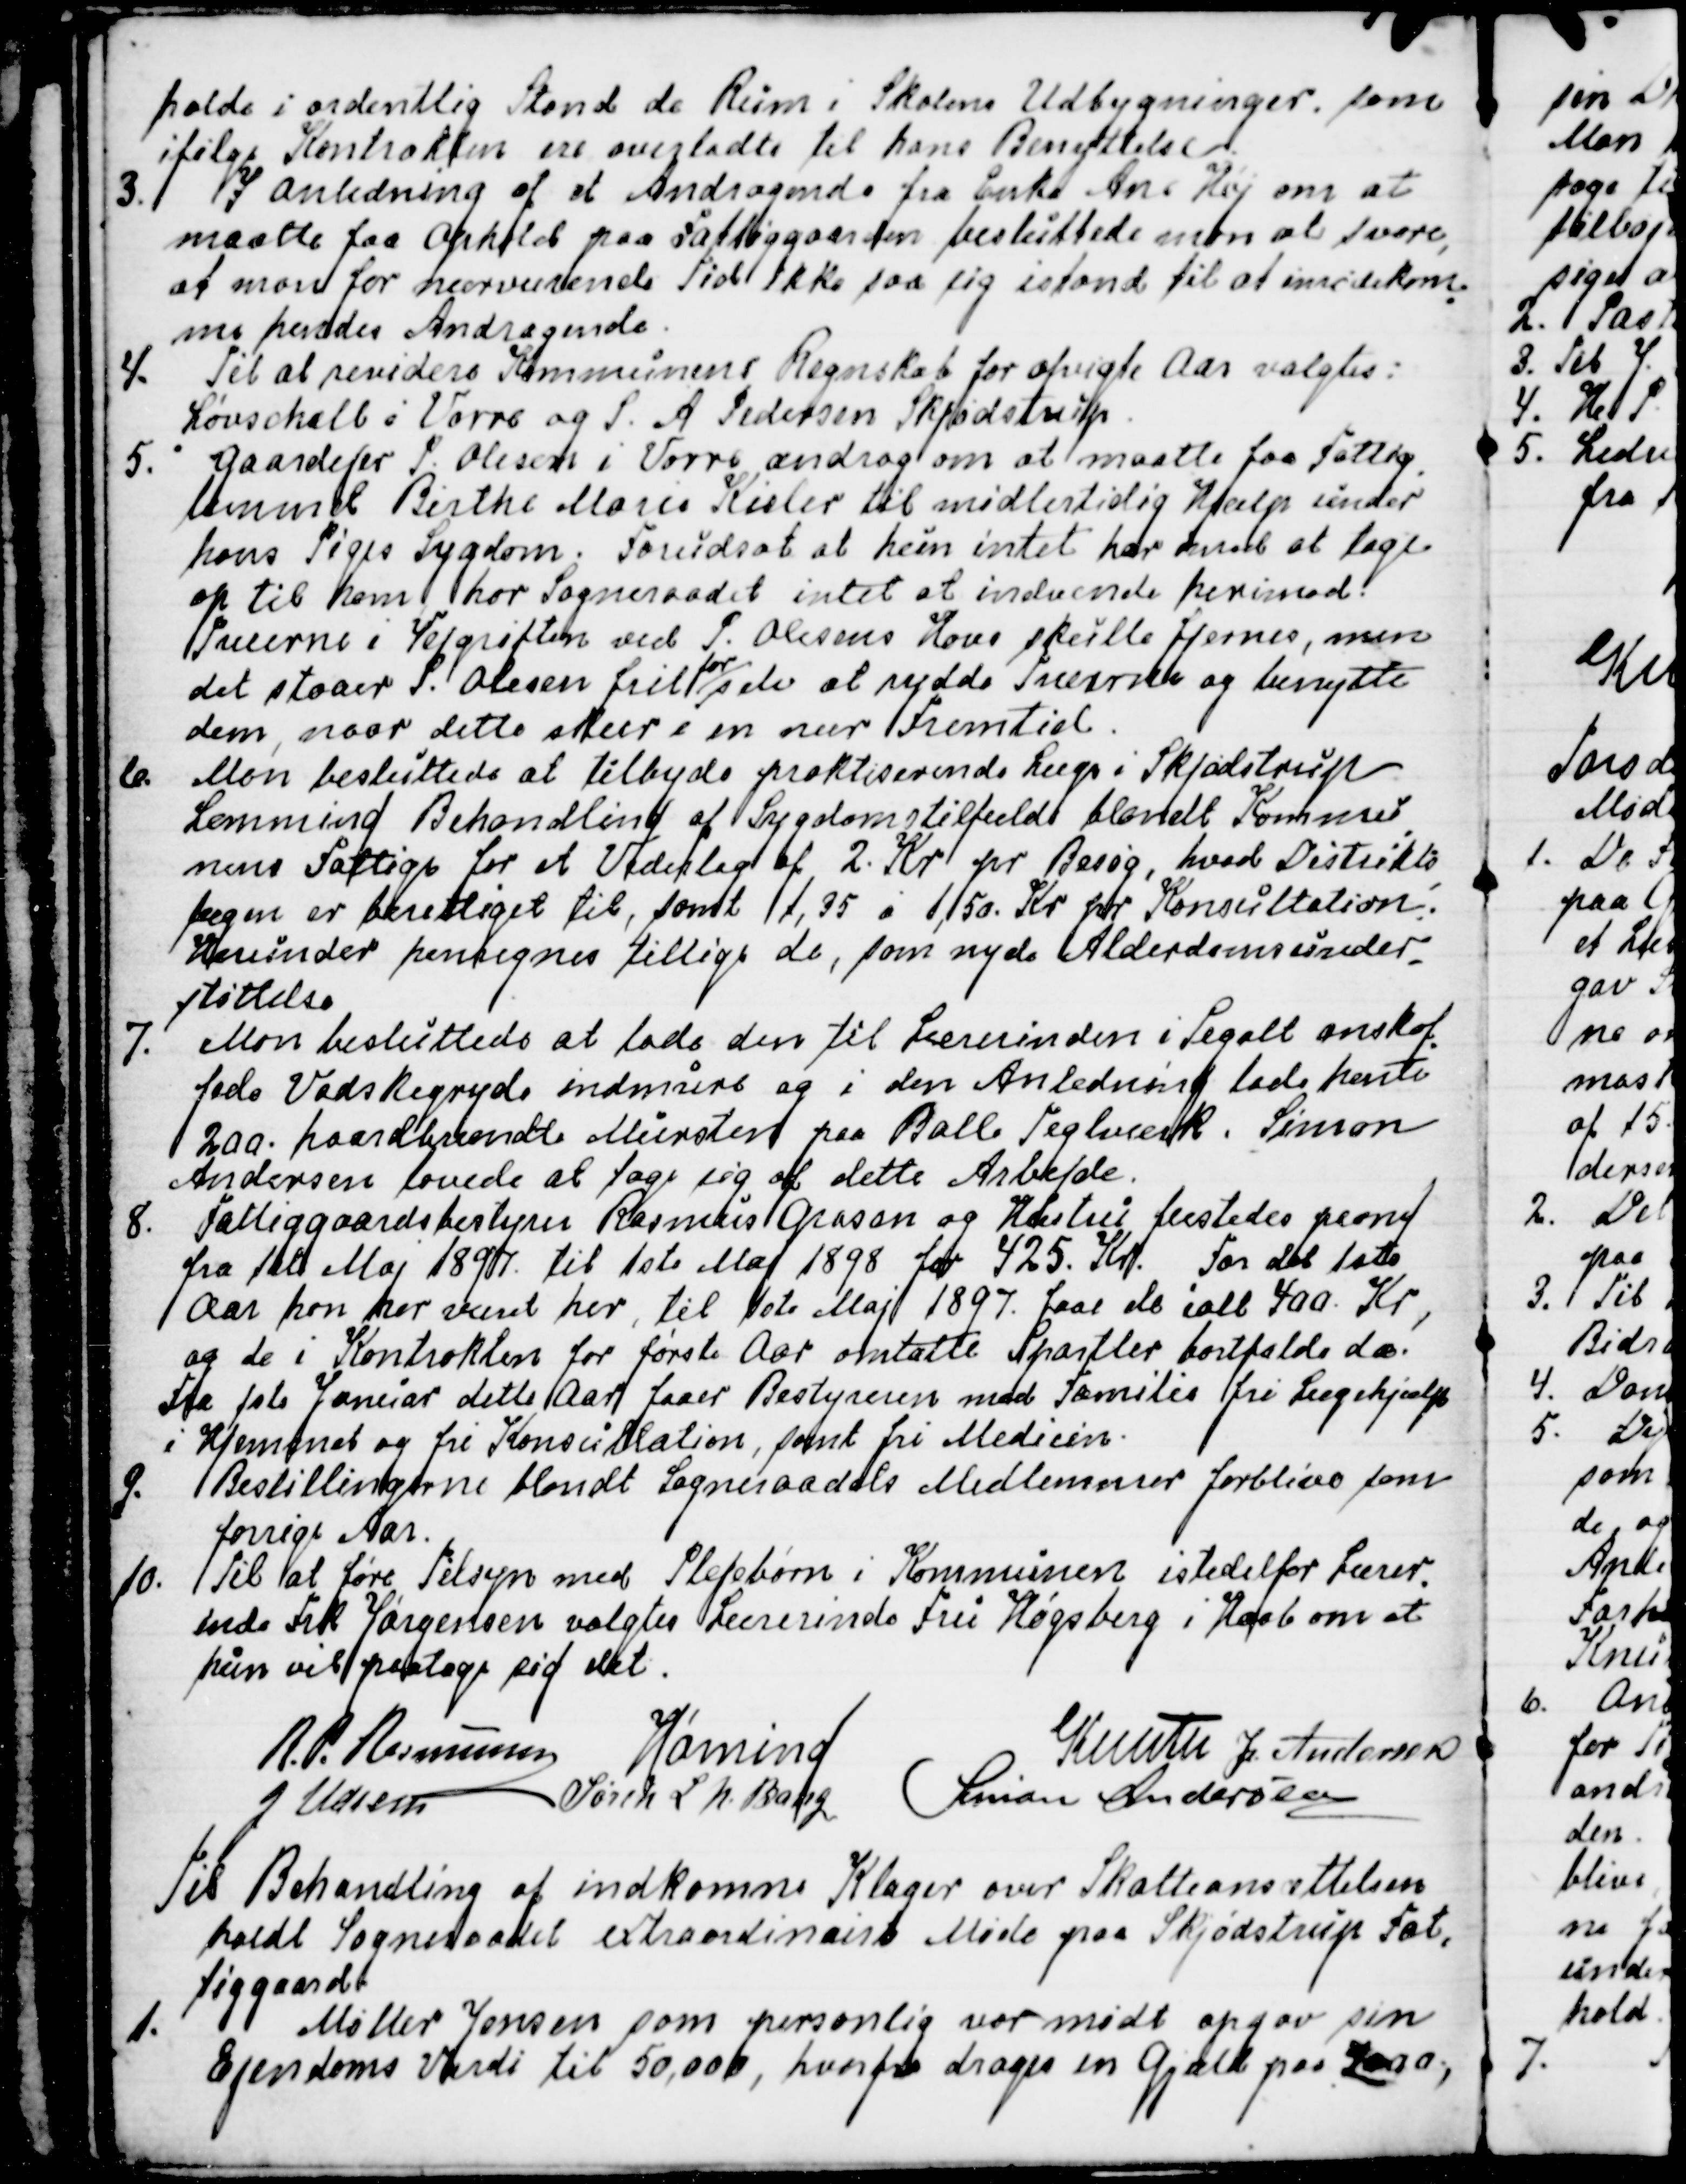
Transskription:
holde i ordentlig Stand de Rum i Skolens Udbygninger, som
ifølge Kontrakten ere overladte til hans Benyttelse.
3. I Anledning af et Andragende fra Enke Ane Høj om at
maatte faa Ophold paa Fattiggaarden besluttede man at svare,
at man for nærværende Tid ikke saa sig istand til at imødekom
-
me hendes Andragende.
4. Til at revidere Kommunens Regnskab for afvigte Aar valgtes:
Løvschall i Vorre og S. A. Pedersen Skjødstrup.
5. Gaardejer P. Olesen i Vorre androg om at maatte faa Fattig
-
lemmet Birthe Marie Kieler til midlertidig Hjælp under
hans Piges Sygdom. Forudsat at hun intet har mod at tage
op til ham, har Sogneraadet intet at indvende herimod.
Træerne i Vejgrøften ved P. Olesens Hus skulle fjernes, men
det staar P. Olesen frit 
for
selv at rydde Træerne og benytte
dem, naar dette skeer i en nær Fremtid.
6. Man besluttede at tilbyde praktiserende Læge i Skjødstrup
Lemming Behandling af Sygdomstilfælde blandt Kommu
-
nens Fattige for et Vederlag af 2. Kr pr Besøg, hvad Distrikts
-
lægen er berettiget til, samt 1,35 á 1,50. Kr pr Konsultation.
Herunder henregnes tillige de, som nyde Alderdomsunder
-
støttelse.
7. Man besluttede at lade den til Lærerinden i Segalt anskaf
-
fede Vadskegryde indmure og i den Anledning lade hente
200. haardbrændte Mursten paa Balle Teglværk. Simon
Andersen lovede at tage sig af dette Arbejde.
8. Fattiggaardens Bestyrer Rasmus Grosen og Hustru fæstedes paany
fra 1ste Maj 1897 til 1ste Maj 1898 for 425. Kr, For det 1 ste
Aar han har været her, til 1ste Maj 1897. faae de ialt 400. Kr,
og de i Kontrakten for første Aar omtalte Spartler bortfalde d.a.
Fra 1ste Januar dette Aar faaer Bestyreren med Familie fri Lægehjælp
i Hjemmet og fri Konsultation, samt fri Medicin.
9. Bestillingerne blandt Sogneraadets Medlemmer forblive som
forrige Aar.
10.
Til at føre Tilsyn med Plejebørn i Kommunen istedetfor Lærer
-
inde Frk. Jørgensen valgtes Lærerinde Fru Høgsberg i Haab om at
hun vil paatage sig det.
R.P. Rasmussen
Hørning
Knuth
J. Andersen
J Udsen
Søren L. N. Bang
Simon Andersen

Til Behandling af indkomne Klager over Skatteansættelsen
holdt Sogneraadet extraordinairt Møde på Skjødstrup Fat
-
tiggaard.
1. Møller Jensen som personlig var mødt opgav sin
Ejendoms Værdi til 50,000, hvorfra drages en Gjæld paa 7000,